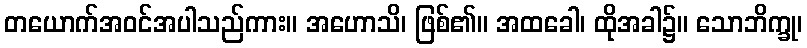
တယောက်အဝင်အပါသည်ကား။ အဟောသိ၊ ဖြစ်၏။ အထခေါ၊ ထိုအခါ၌။ သောဘိက္ခု၊